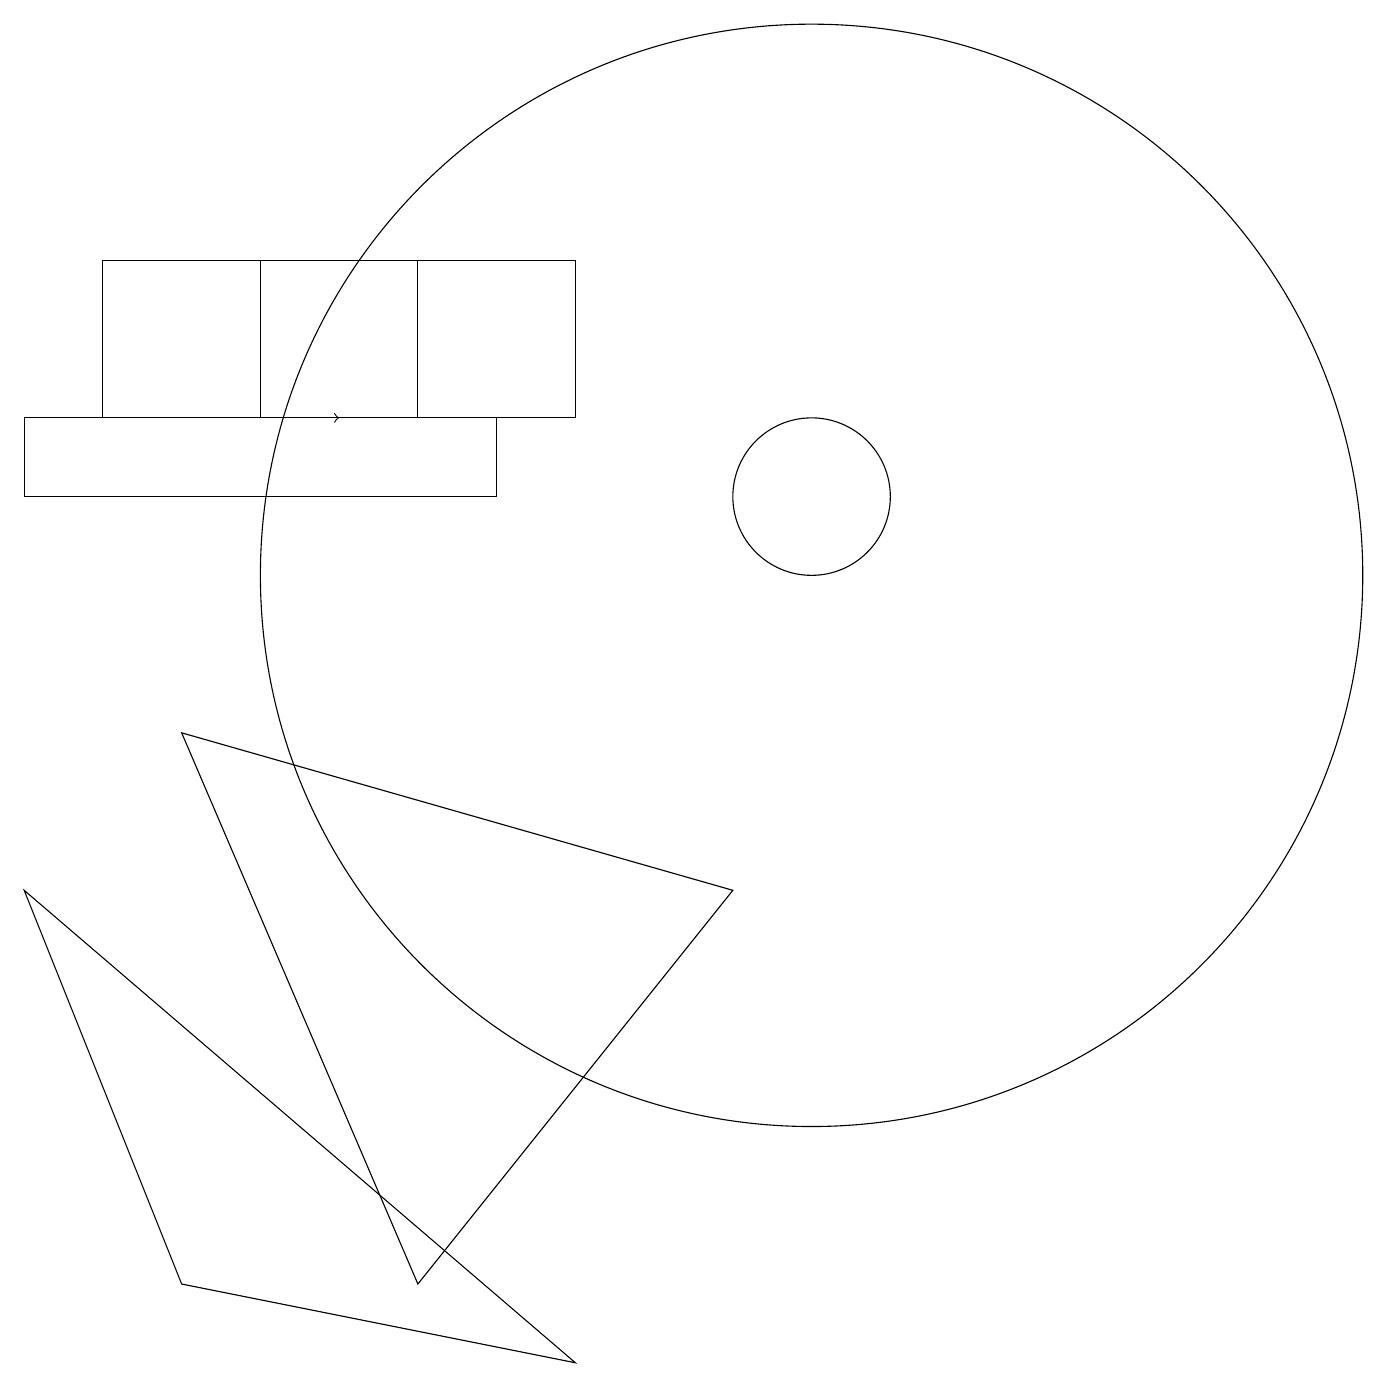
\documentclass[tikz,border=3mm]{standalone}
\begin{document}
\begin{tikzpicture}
\draw (10,10) circle (7);
\draw (5,12) rectangle (1,14);
\draw (6,12) rectangle (0,11);
\draw (5,1) -- (2,8) -- (9,6) -- cycle;
\draw (7,14) rectangle (3,12);
\draw[->] (1,12) -- (4,12);
\draw (0,6) -- (2,1) -- (7,0) -- cycle;
\draw (10,11) circle (1);
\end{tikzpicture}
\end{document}